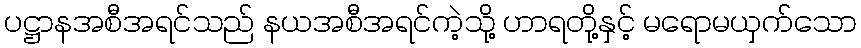
ပဋ္ဌာနအစီအရင်သည် နယအစီအရင်ကဲ့သို့ ဟာရတို့နှင့် မရောမယှက်သော